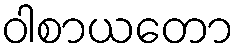
ဝါစာယတော